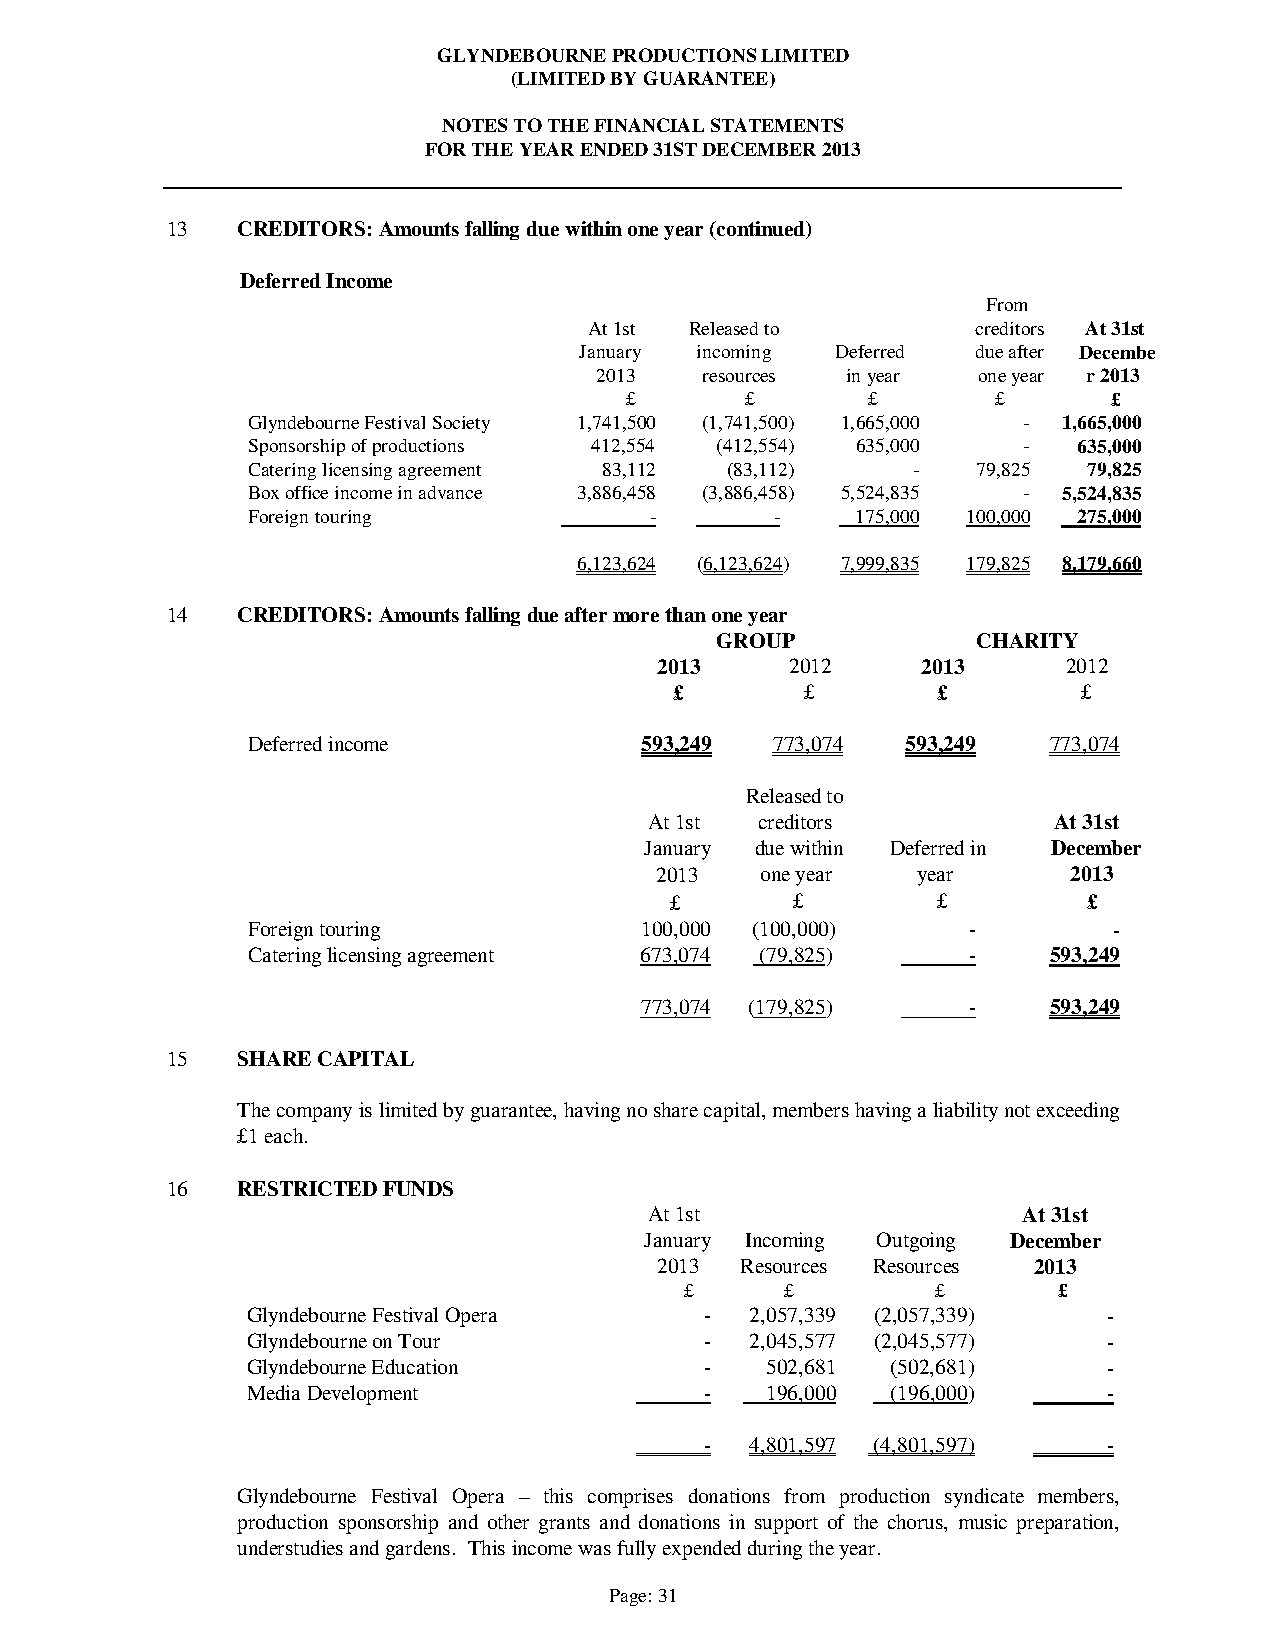
GLYNDEBOURNE PRODUCTIONS LIMITED
 (LIMITED BY GUARANTEE)
 NOTES TO THE FINANCIAL STATEMENTS
 FOR THE YEAR ENDED 31ST DECEMBER 2013
 13   CREDITORS: Amounts falling due within one year (continued)
 Deferred Income
 From
 At 1st Released to        creditors At 31st
 January incoming Deferred  due after Decembe
 2013   resources in year  one year r 2013
 £       £       £        £       £
 Glyndebourne Festival Society 1,741,500 (1,741,500) 1,665,000 - 1,665,000
 Sponsorship of productions 412,554 (412,554) 635,000 - 635,000
 Catering licensing agreement 83,112 (83,112) -   79,825 79,825
 Box office income in advance 3,886,458 (3,886,458) 5,524,835 - 5,524,835
 Foreign touring            -       -     175,000 100,000 275,000
 6,123,624 (6,123,624) 7,999,835 179,825 8,179,660
 14   CREDITORS: Amounts falling due after more than one year
 GROUP             CHARITY
 2013     2012     2013      2012
 £       £        £         £
 Deferred income           593,249  773,074  593,249  773,074
 Released to
 At 1st creditors           At 31st
 January due within Deferred in December
 2013   one year   year      2013
 £        £        £         £
 Foreign touring           100,000 (100,000)     -         -
 Catering licensing agreement 673,074 (79,825)   -    593,249
 773,074 (179,825)     -    593,249
 15   SHARE CAPITAL
 The company is limited by guarantee, having no share capital, members having a liability not exceeding
 £1 each.
 16   RESTRICTED FUNDS
 At 1st                   At 31st
 January Incoming Outgoing December
 2013  Resources Resources 2013
 £      £         £       £
 Glyndebourne Festival Opera    -  2,057,339 (2,057,339)  -
 Glyndebourne on Tour           -  2,045,577 (2,045,577)  -
 Glyndebourne Education         -   502,681 (502,681)     -
 Media Development              -   196,000 (196,000)     -
 -  4,801,597 (4,801,597)  -
 Glyndebourne Festival Opera – this comprises donations from production syndicate members,
 production sponsorship and other grants and donations in support of the chorus, music preparation,
 understudies and gardens. This income was fully expended during the year.
 Page: 31